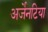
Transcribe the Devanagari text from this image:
अर्जेनटिया